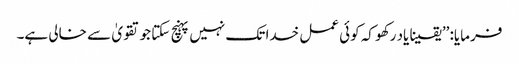
فرمایا: ’’یقینا یاد رکھو کہ کوئی عمل خدا تک نہیں پہنچ سکتا جو تقویٰ سے خالی ہے۔